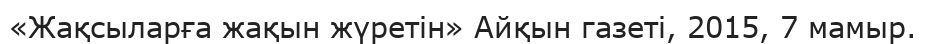
«Жақсыларға жақын жүретін» Айқын газеті, 2015, 7 мамыр.